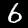
Label: 6